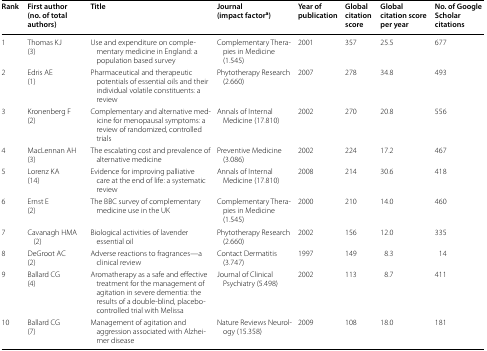
<table><thead><tr><td><b>Rank</b></td><td><b>First author(no. of total authors)</b></td><td><b>Title</b></td><td><b>Journal(impact factor<sup>a</sup>)</b></td><td><b>Year of publication</b></td><td><b>Global citation score</b></td><td><b>Global citation score per year</b></td><td><b>No. of Google Scholar citations</b></td></tr></thead><tbody><tr><td>1</td><td>Thomas KJ(3)</td><td>Use and expenditure on complementary medicine in England: a population based survey</td><td>Complementary Therapies in Medicine (1.545)</td><td>2001</td><td>357</td><td>25.5</td><td>677</td></tr><tr><td>2</td><td>Edris AE(1)</td><td>Pharmaceutical and therapeutic potentials of essential oils and their individual volatile constituents: a review</td><td>Phytotherapy Research (2.660)</td><td>2007</td><td>278</td><td>34.8</td><td>493</td></tr><tr><td>3</td><td>Kronenberg F(2)</td><td>Complementary and alternative medicine for menopausal symptoms: a review of randomized, controlled trials</td><td>Annals of Internal Medicine (17.810)</td><td>2002</td><td>270</td><td>20.8</td><td>556</td></tr><tr><td>4</td><td>MacLennan AH(3)</td><td>The escalating cost and prevalence of alternative medicine</td><td>Preventive Medicine (3.086)</td><td>2002</td><td>224</td><td>17.2</td><td>467</td></tr><tr><td>5</td><td>Lorenz KA(14)</td><td>Evidence for improving palliative care at the end of life: a systematic review</td><td>Annals of Internal Medicine (17.810)</td><td>2008</td><td>214</td><td>30.6</td><td>418</td></tr><tr><td>6</td><td>Ernst E(2)</td><td>The BBC survey of complementary medicine use in the UK</td><td>Complementary Therapies in Medicine (1.545)</td><td>2000</td><td>210</td><td>14.0</td><td>460</td></tr><tr><td>7</td><td>Cavanagh HMA (2)</td><td>Biological activities of lavender essential oil</td><td>Phytotherapy Research (2.660)</td><td>2002</td><td>156</td><td>12.0</td><td>335</td></tr><tr><td>8</td><td>DeGroot AC(2)</td><td>Adverse reactions to fragrances—a clinical review</td><td>Contact Dermatitis (3.747)</td><td>1997</td><td>149</td><td>8.3</td><td>14</td></tr><tr><td>9</td><td>Ballard CG(4)</td><td>Aromatherapy as a safe and effective treatment for the management of agitation in severe dementia: the results of a double-blind, placebo-controlled trial with Melissa</td><td>Journal of Clinical Psychiatry (5.498)</td><td>2002</td><td>113</td><td>8.7</td><td>411</td></tr><tr><td>10</td><td>Ballard CG(7)</td><td>Management of agitation and aggression associated with Alzheimer disease</td><td>Nature Reviews Neurology (15.358)</td><td>2009</td><td>108</td><td>18.0</td><td>181</td></tr></tbody></table>